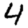
Digit: 4